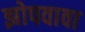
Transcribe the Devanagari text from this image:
झोपवावा